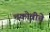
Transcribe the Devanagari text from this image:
चकोत्रीचे